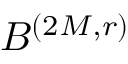
B ^ { ( 2 M , r ) }